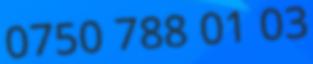
0750 788 01 03